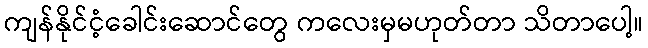
ကျန်နိုင်ငံ့ခေါင်းဆောင်တွေ ကလေးမှမဟုတ်တာ သိတာပေါ့။